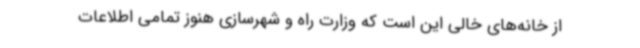
از خانه‌های خالی این است که وزارت راه و شهرسازی هنوز تمامی اطلاعات